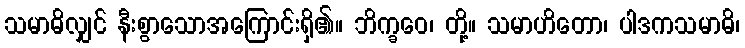
သမာဓိလျှင် နီးစွာသောအကြောင်းရှိ၏။ ဘိက္ခဝေ၊ တို့။ သမာဟိတော၊ ပါဒကသမာဓိ၊